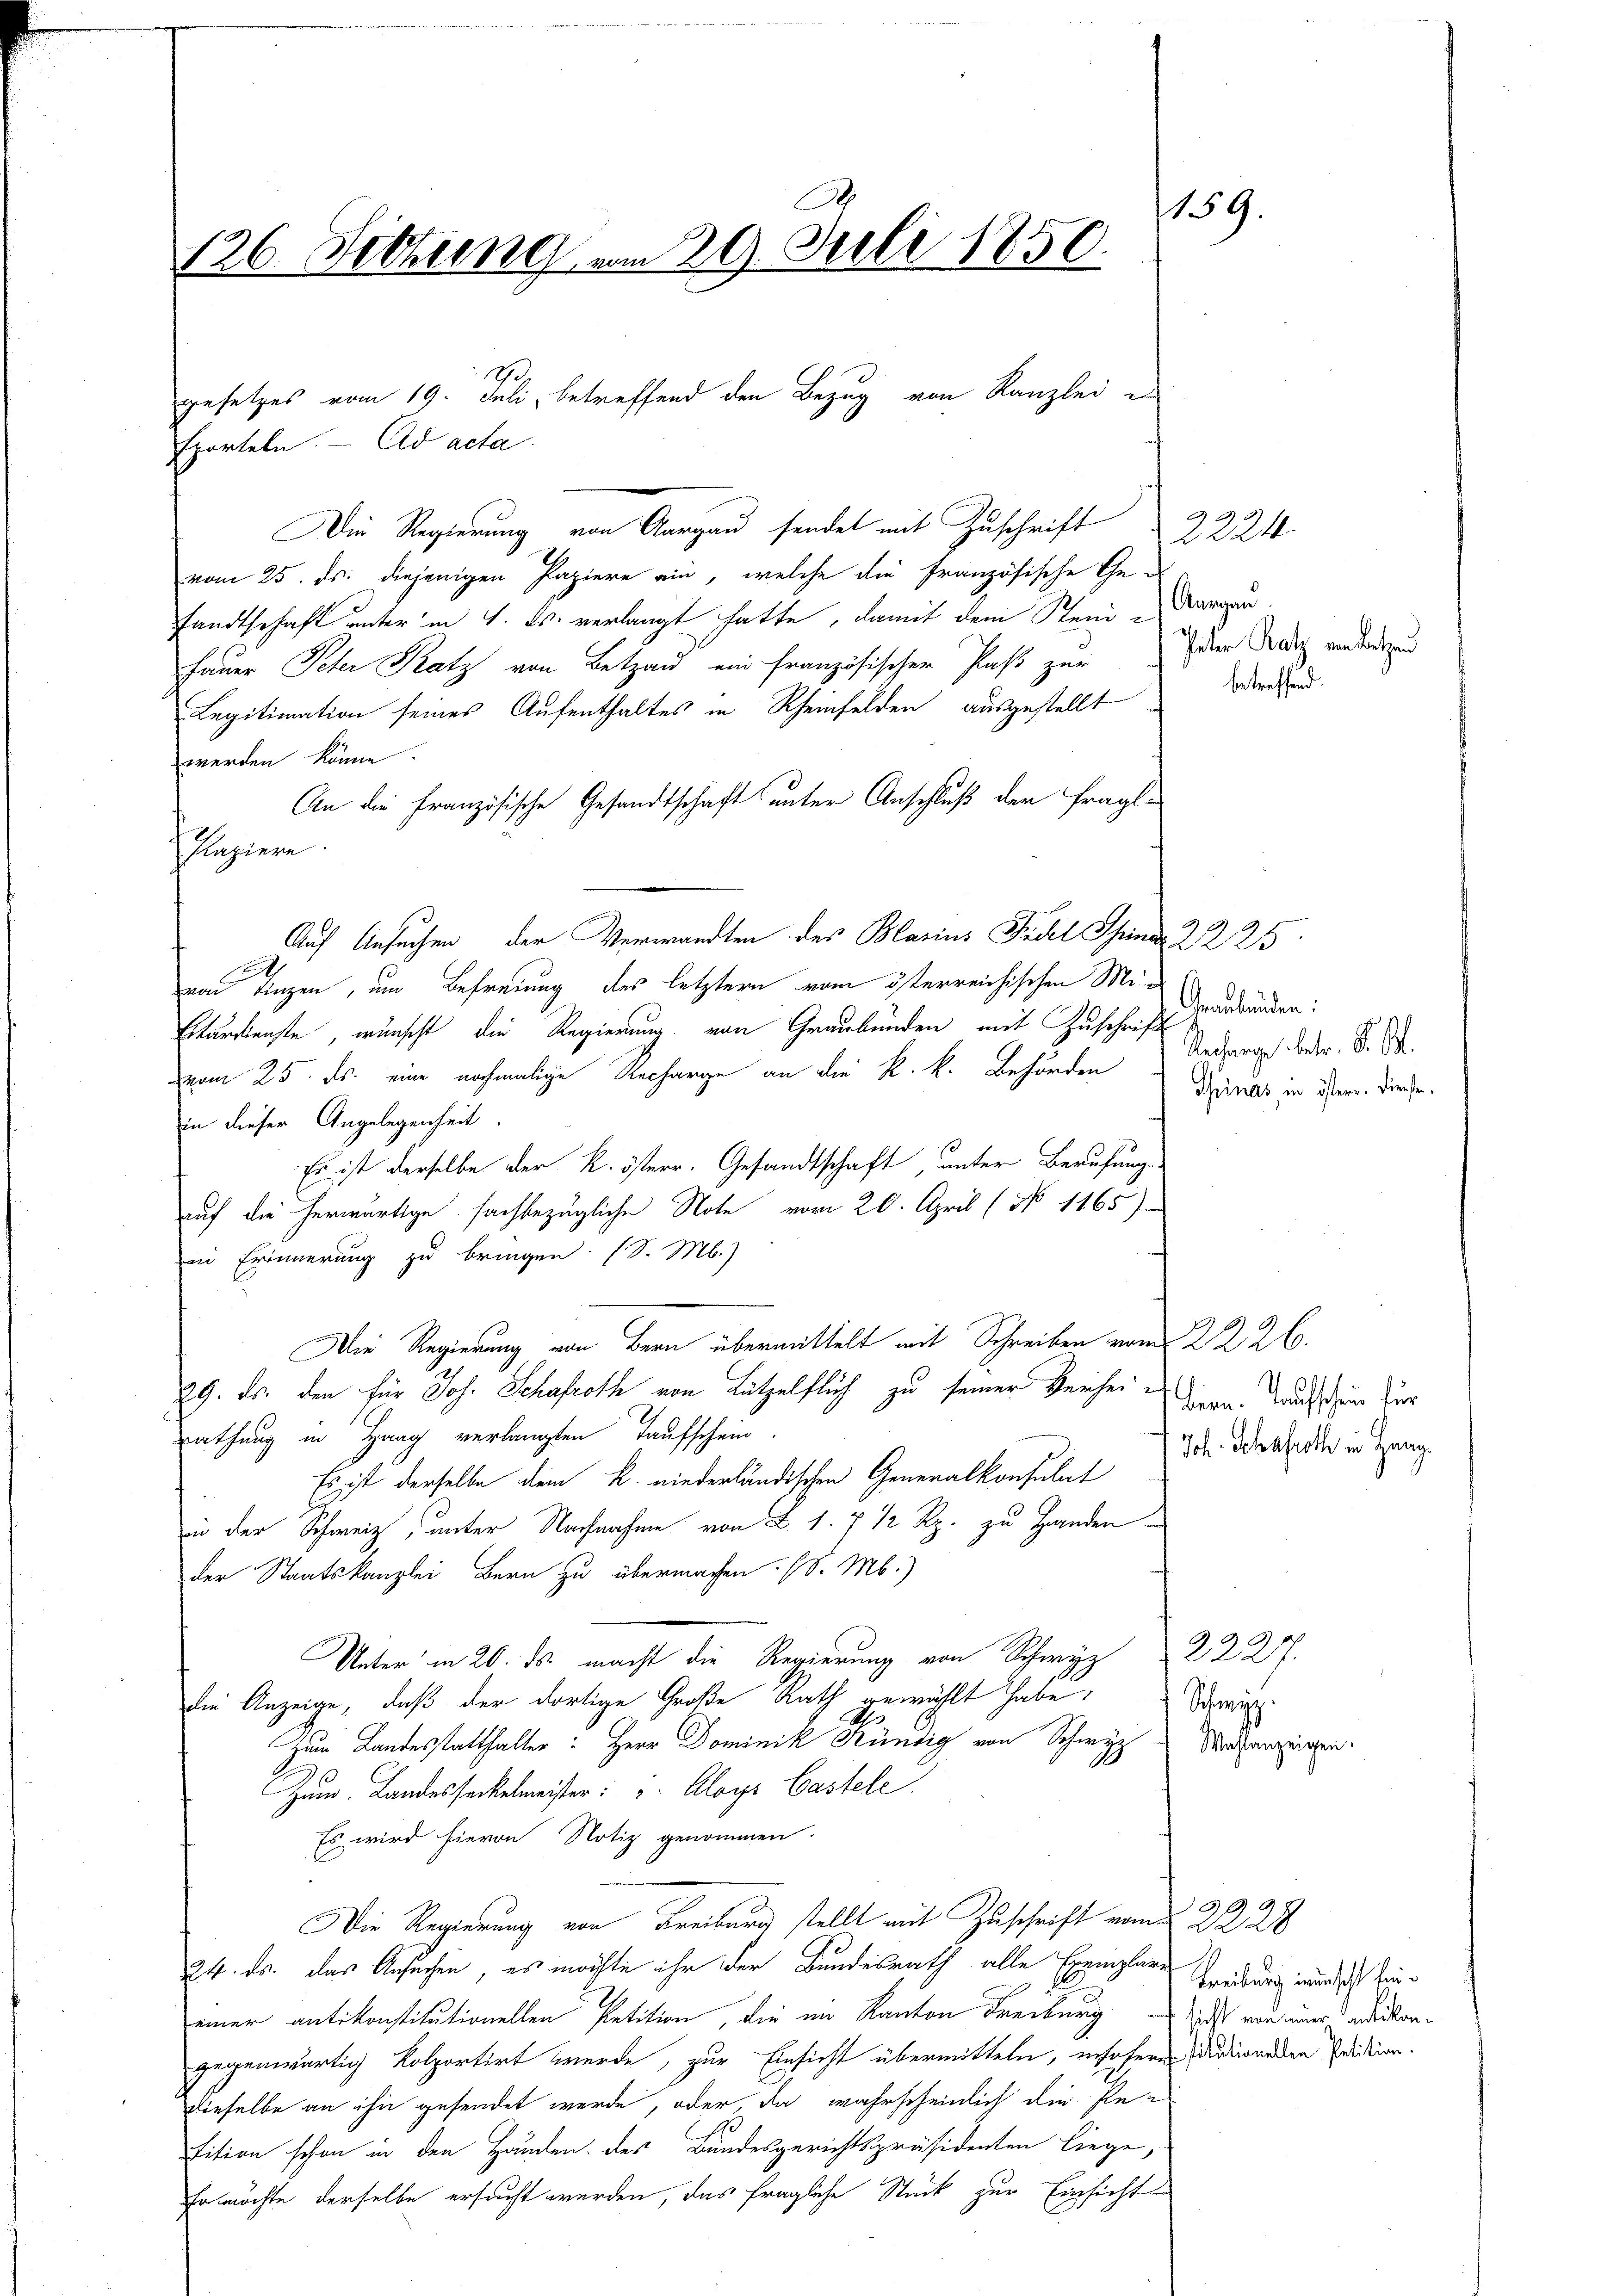
1
Eporteln. Ad acta.
Die Regierung von Aargau sendet mit Zuschrift
vom 25. ds. diejenigen Papiere ein, welche die französische Ge-
sandtschaft unter in 4. ds. verlangt hatte, damit dem Stein-Margen.
Fauer Peter Katz von Betzau ein französischen Paß zur oder Nach vorderten
Legitimation seines Aufenthaltes in Rheinfelden ausgestellt
werden könne.
An die Französische Gesandtschaft unter Anschluß der Fragl.
Plaziere.
Auf Ansuchen der Verwandten des Blarius Fidel Sind 22 25
.
von dingen, um Befreiung des letztern vom österreichischen Mi¬
Btärdienste, wünscht die Regierung von Graubünden mit Zuschrift
vom 25. ds. eine nochmalige Recharge an die K. k. Behörden Anderge betr. S. S.
in dieser Angelegenheit
Es ist derselbe der k. österr. Gesandtschaft, unter Berufung
auf die herwärtige sachbezügliche Note vom 20. April (No 1165)
in Erinnerung zu bringen. (S. M.)
Die Regierung von Bern übermittelt mit Schreiben vom 22. 26.
29. ds. den für Joh. Schafroth von Lützelflich zu seiner Verheirathung in Haag verlangten Taufschein.
Es ist derselbe dem k. niederländischen Generalkonsulat
in der Schweiz, unter Nachnahme von L. 1. 7 1/2 Rp. zu Handen
der Staatskanzlei Bern zu übermachen. (S. M.)
Unter in 20. ds. macht die Regierung von Schwyz
die Anzeige, daß der dortige Große Rath gewählt habe,
A
Zum Landesstatthalter: Herr Dominik Kündig von Schwyz
Zum Landesseckelmeister: " Aloys Gastele
Es wird hievon Notiz genommen.
Die Regierung von Freiburg stellt mit Zuschrift vom 2228
24. ds. das Ansuchen, es möchte ihr der Bundesrath alle Exemplare Gründung in sich zueiner antikonstitutionellen Petition, die im Kanton Freiburg,
gegenwärtig Kolportirt werde, zur Einsicht übermitteln, insofern dationellen Predition.
dieselbe an ihn gesendet werde, oder, da wahrscheinlich die Pe
sition schon in den Händen des Bundesgerichtspräsidenten liege,
Er möchte derselbe ersucht werden, das fragliche Stück zur Einsicht

126. Sitzung vom 29. Juli 1850.

gesetzes vom 19. Juli, betreffend den Bezug von Kanzlei

2224.
betreffend.

Graubünden:
Tinas, in östere. Diese

159.

Bern. Taufschein für
Joh. Schafroth in Haag.

2335
Schwyz
Wahlanzeigen

sicht von einer antikon¬